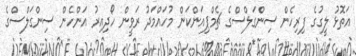
އަތޮޅު ލީގުގެ ފިރިހެން ސިންގަލްސްގެ ޗެމްޕިއަންކަން މުހައްމަދު ރަވީން ހޯދިއިރު އަންހެން ސިންގަލްސްގެ